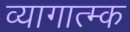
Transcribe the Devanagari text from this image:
व्यागात्म्क